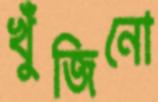
খুঁজিনো